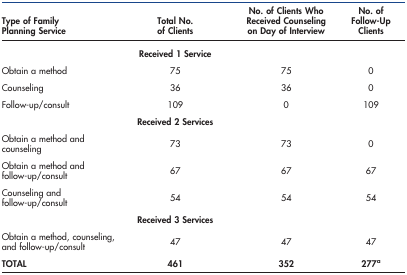
<table><thead><tr><td><b>Type of Family Planning Service</b></td><td><b>Total No. of Clients</b></td><td><b>No. of Clients Who Received Counseling on Day of Interview</b></td><td><b>No. of Follow-Up Clients</b></td></tr></thead><tbody><tr><td></td><td><b>Received 1 Service</b></td><td></td><td></td></tr><tr><td>Obtain a method</td><td>75</td><td>75</td><td>0</td></tr><tr><td>Counseling</td><td>36</td><td>36</td><td>0</td></tr><tr><td>Follow-up/consult</td><td>109</td><td>0</td><td>109</td></tr><tr><td></td><td><b>Received 2 Services</b></td><td></td><td></td></tr><tr><td>Obtain a method and counseling</td><td>73</td><td>73</td><td>0</td></tr><tr><td>Obtain a method and follow-up/consult</td><td>67</td><td>67</td><td>67</td></tr><tr><td>Counseling and follow-up/consult</td><td>54</td><td>54</td><td>54</td></tr><tr><td></td><td><b>Received 3 Services</b></td><td></td><td></td></tr><tr><td>Obtain a method, counseling, and follow-up/consult</td><td>47</td><td>47</td><td>47</td></tr><tr><td><b>TOTAL</b></td><td><b>461</b></td><td><b>352</b></td><td><b>277</b>a</td></tr></tbody></table>